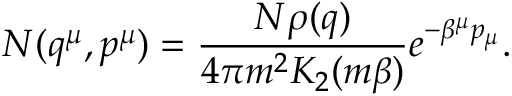
{ \cal N } ( q ^ { \mu } , p ^ { \mu } ) = { \frac { N \rho ( q ) } { 4 \pi m ^ { 2 } K _ { 2 } ( m \beta ) } } e ^ { - \beta ^ { \mu } p _ { \mu } } .